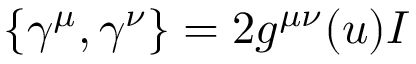
\left\{ \gamma ^ { \mu } , \gamma ^ { \nu } \right\} = 2 g ^ { \mu \nu } ( u ) I